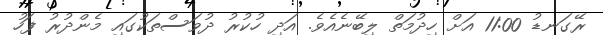
ރޭގަނޑު 11:00 އަށް ހިދުމަތް ލިބޭނެއެވެ. އަދި ހުކުރު ދުވަސްތަކުގައި މެންދުރު ފަހު